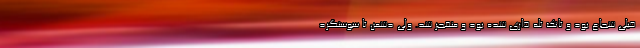
خیلی شجاع بود و تانک تله ذاری شده بود و منفجر شد. ولی دشمن تا سوسنگرد